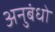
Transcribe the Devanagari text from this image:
अनुबंधो